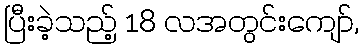
ပြီးခဲ့သည့် 18 လအတွင်းကျော်,